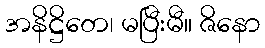
အနိဋ္ဌိတေ၊ မပြီးမီ။ ဇိနော